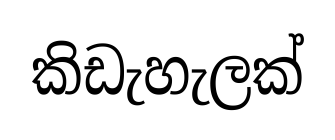
කිඩැහැලක්